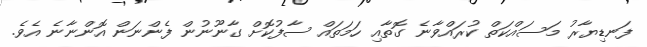
ފަނޑިޔާރު މަސައްކަތް ކުރައްވާނެ ގޮތާއި ހަމަތައް ސާފުކޮށް ގާނޫނުން ފެންނަން އޮންނާނެ އެވެ.